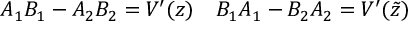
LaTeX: A _ { 1 } B _ { 1 } - A _ { 2 } B _ { 2 } = V ^ { \prime } ( z ) \quad B _ { 1 } A _ { 1 } - B _ { 2 } A _ { 2 } = V ^ { \prime } ( \tilde { z } )